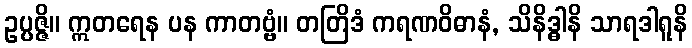
ဥပ္ပဇ္ဇိ။ ဣတရေန ပန ကာတဗ္ဗံ။ တတြိဒံ ကရဏဝိဓာနံ, သိနိဒ္ဓါနိ သာရဒါရူနိ